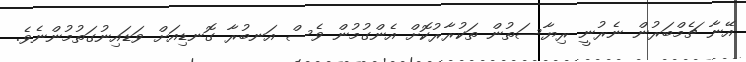
އޭނާ ޗެމްބަރުން ނެރުނީ ރިޔާސަތުން ތަކުރާރުކޮށް އެންގުމުން ވެސް އަނބުރާ ގޮނޑިއަށް ވަޑައިނުގަތުމުންނެވެ.